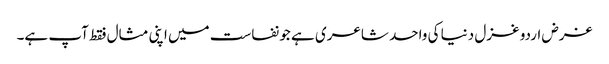
غرض اردو غزل دنیا کی واحد شاعری ہے جو نفاست میں اپنی مثال فقط آپ ہے۔